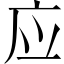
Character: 应